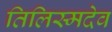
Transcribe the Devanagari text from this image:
तिलिस्मदेव